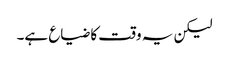
لیکن یہ وقت کا ضیاع ہے۔